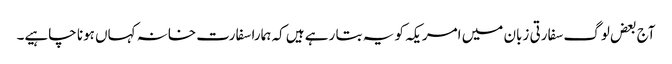
آج بعض لوگ سفارتی زبان میں امریکہ کو یہ بتا رہے ہیں کہ ہمارا سفارت خانہ کہاں ہونا چاہیے۔